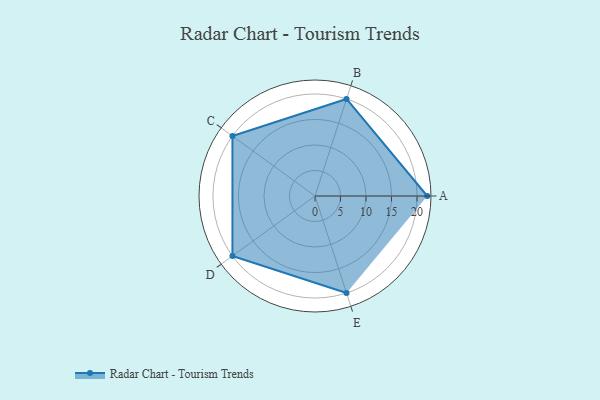
{"axis": {"x": "Skill", "y": "Score"}, "legend": ["Profile"], "data": [{"x": "A", "y": 22.0, "type": "Profile"}, {"x": "B", "y": 20.0, "type": "Profile"}, {"x": "C", "y": 20, "type": "Profile"}, {"x": "D", "y": 20, "type": "Profile"}, {"x": "E", "y": 20, "type": "Profile"}]}